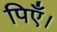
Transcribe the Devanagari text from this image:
पिएँ।